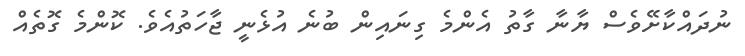
ނުދައްކާށޭވެސް ޔާނާ ގާތު އެންމެ ގިނައިން ބުނެ އުޅެނީ ޖާހަތުއެވެ. ކޮންމެ ގޮތެއް